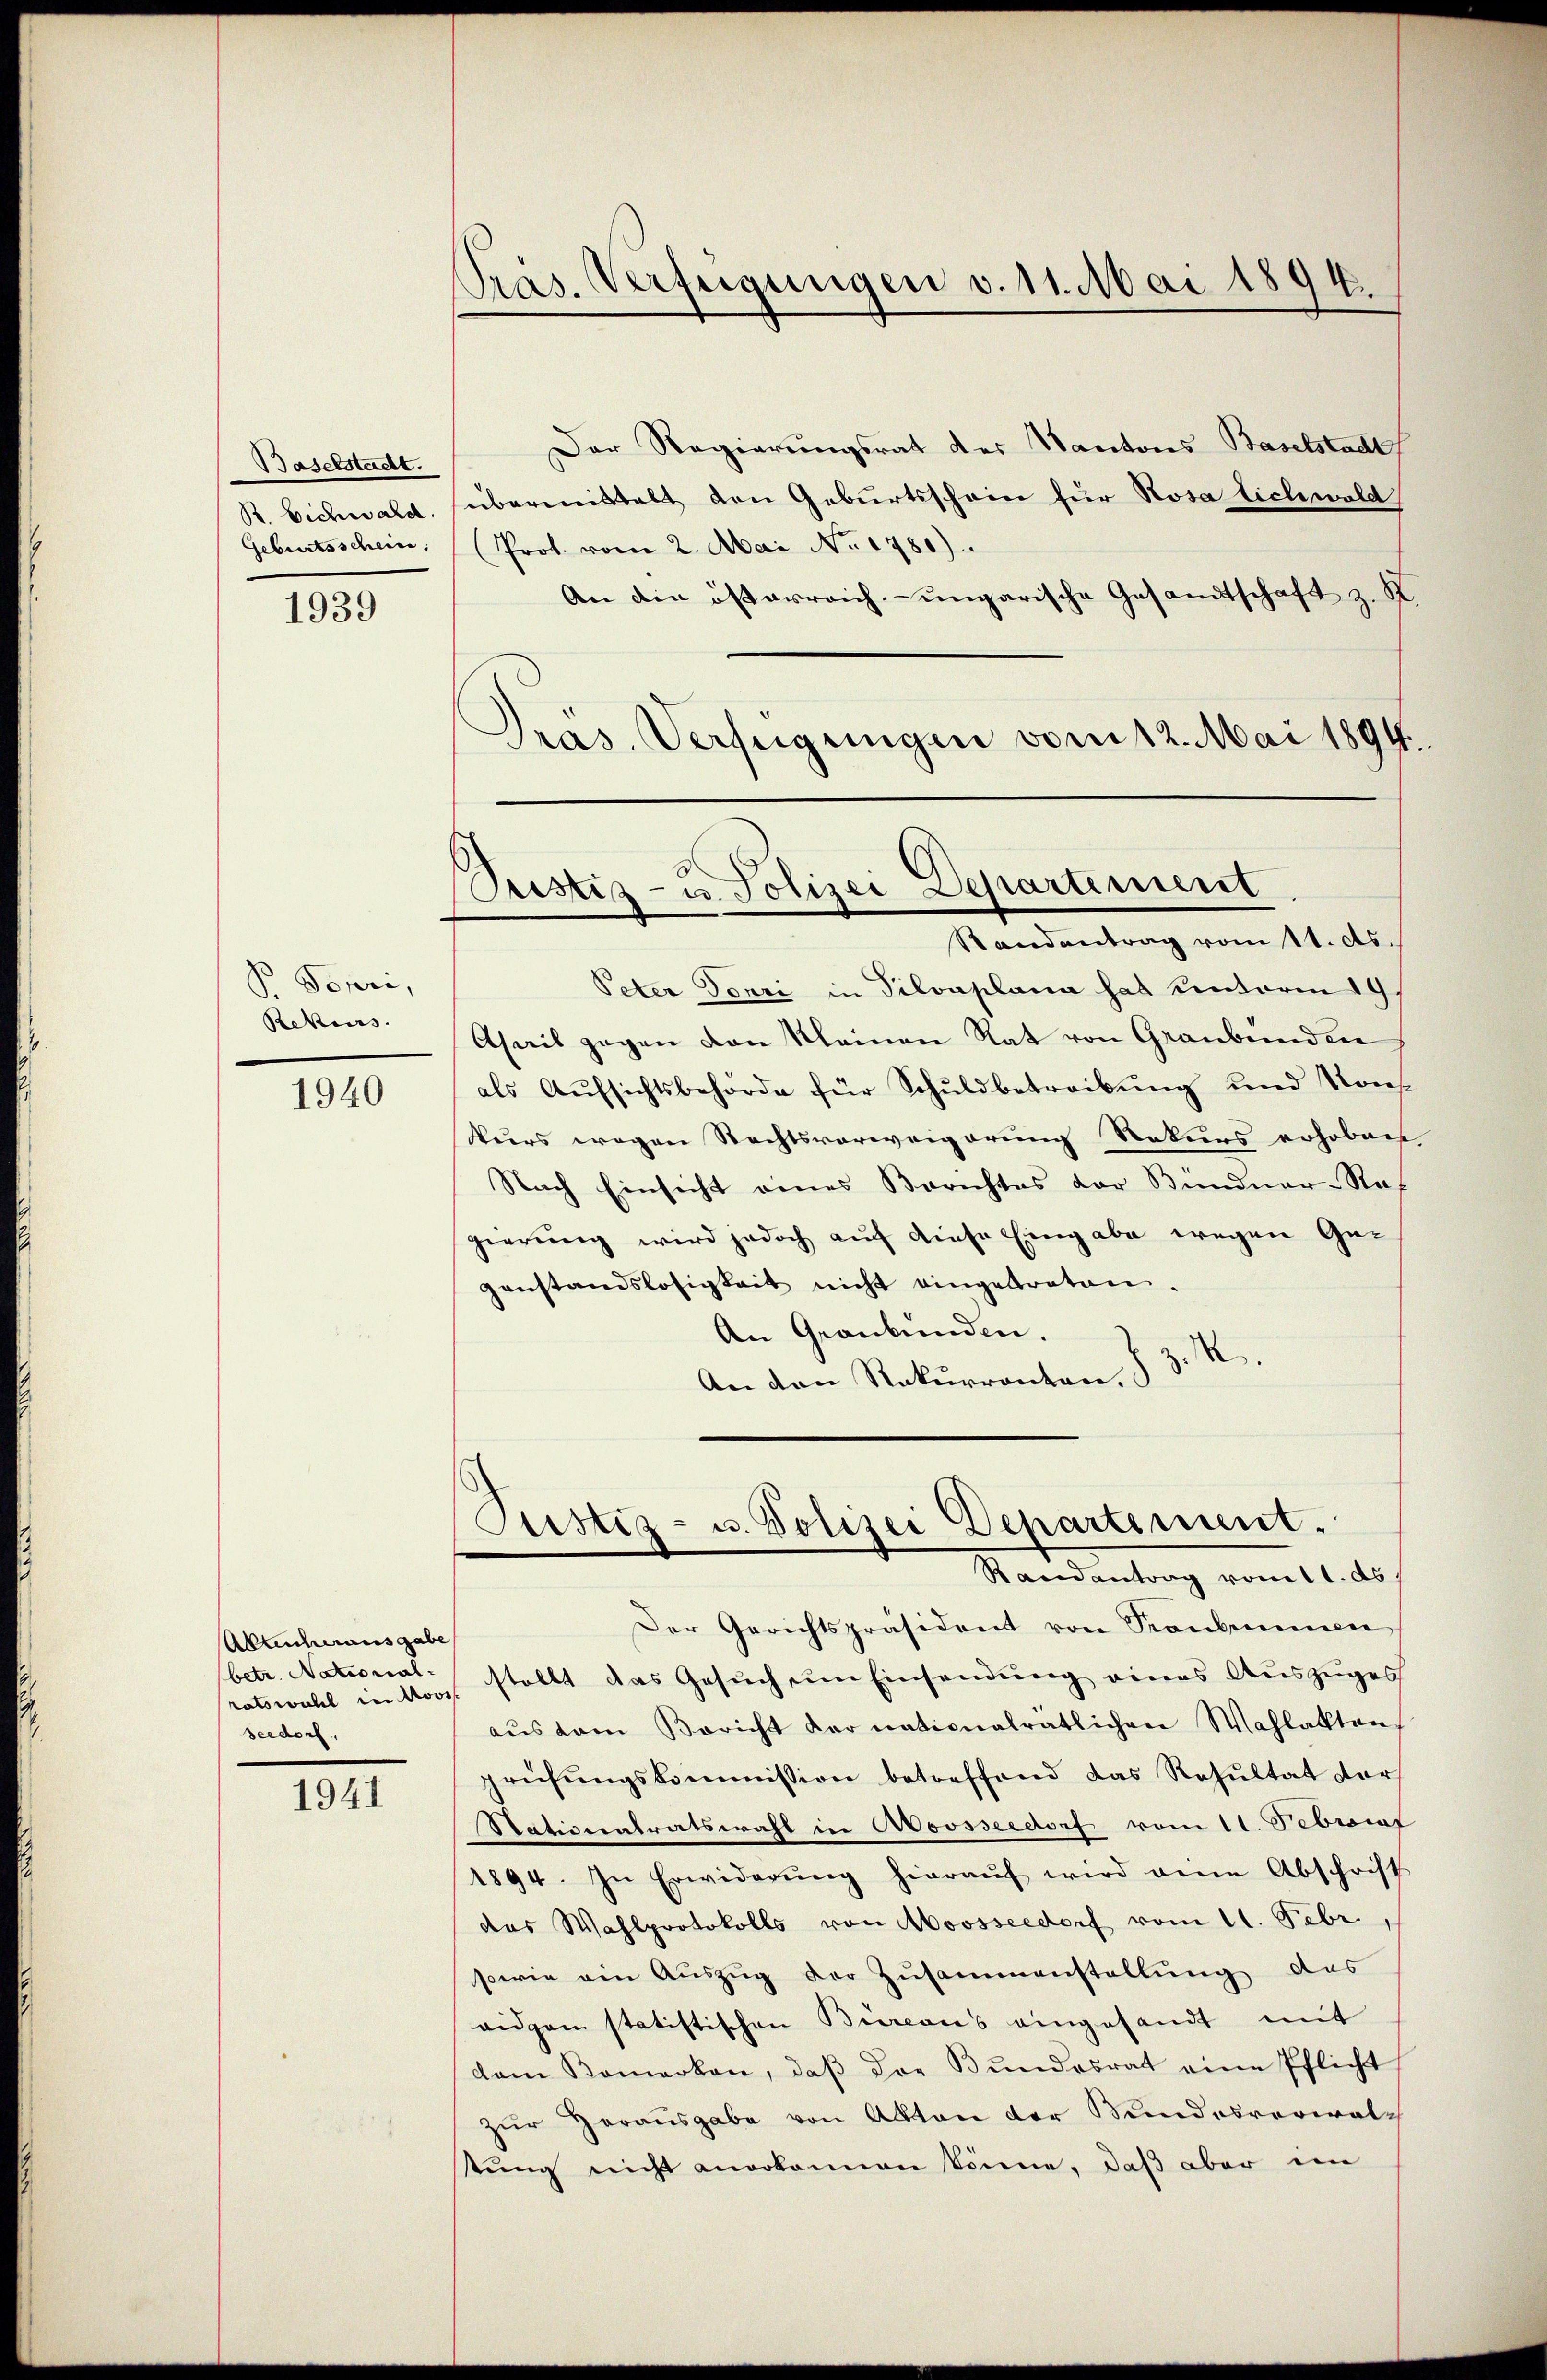
Baselstadt.
R. Bichwald.
Geburtsschein,

1939

Pr. Touri,
Rekurs.

1940

Abannausgabe
(betr. National-
seedorf,

1941

Präs. Verfügungen v. 11. Mai 1894.

Der Regierungsrat des Kantons Baselstadt
übermittelt den Geburtsschein für Rosa tichwold
(Prof. vom 2. Mai No 1780)
An die österreich-ungarische Gesandtschaft z. R.
s
Präs. Verfügungen vom 12. Mai 1894.

ustiz- u. Polizei Departement
Randantrag vom 11. ds.

Peter Donri in Silvaplana hat unterm 19.
Asail gegen von Kleinen Rat von Graubünden
als Aŭfsichtsbehörde für Schŭldbetreibŭng und Kons
kurs wegen Rechtsverweigerung Rekurs erhoben |
Nach Einsicht eines Berichtes der Bündner-Re-
gierung wird jedoch auf diese Eingabe wegen Gegenstandslosigkeit nicht eingebraten.
An Graubünden.
.R.
An den Rekurrenten.
Justiz- u. Polizei Departement.
Randantrag vom 11. ds.
Der Gerichtspräsident von Kombinien
ratswahl einttore stellt das Gesuch um Einsendung eines Auszuges
aŭs dem Bericht der nationalrätlichen Wahlakten
prüfŭngskommission betreffend das Resultat ders
Stationatratswahl in Novsseedorf vom 11. Debit
1894. In Erwiderŭng hieraŭf wird eine Abschrift
das Wahlprotokolls von Moosseedorf vom 11. Febr.,
sowie ein Auszug der Zusammenstellung des
aidgan statistischen Büreaus eingesandt mit
dam Komarkan, daβ der Bŭndesrat eine Pflicht
zur Herausgabe von Akten der Kundesverwalt
tung nicht anerkannen könne, daß aber im